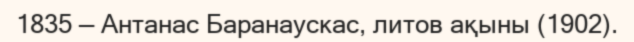
1835 — Антанас Баранаускас, литов ақыны (1902).